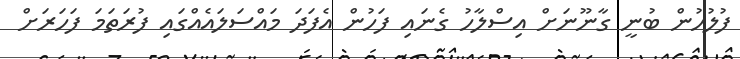
ފުލުހުން ބުނީ ގާނޫނަށް އިސްލާހު ގެނައި ފަހުން އެފަދަ މައްސަލައެއްގައި ފުރަތަމަ ފަހަރަށް